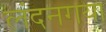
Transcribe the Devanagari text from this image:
लंदनगया